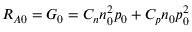
R _ { A 0 } = G _ { 0 } = C _ { n } n _ { 0 } ^ { 2 } p _ { 0 } + C _ { p } n _ { 0 } p _ { 0 } ^ { 2 }